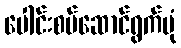
ပေါင်းစပ်ဆောင်ရွက်ပုံ